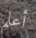
أعلم